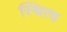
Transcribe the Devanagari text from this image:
स्थित्य